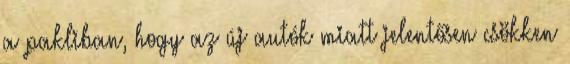
a pakliban, hogy az új autók miatt jelentősen csökken